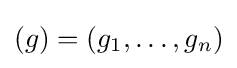
(g)=(g_{1},\ldots ,g_{n})